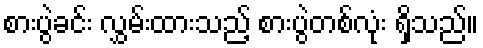
စားပွဲခင်း လွှမ်းထားသည့် စားပွဲတစ်လုံး ရှိသည်။